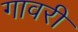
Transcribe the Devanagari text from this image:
गावरी